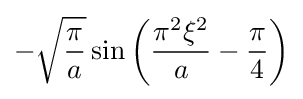
-{\sqrt {\frac {\pi }{a}}}\sin \left({\frac {\pi ^{2}\xi ^{2}}{a}}-{\frac {\pi }{4}}\right)